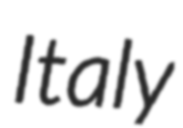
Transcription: Italy